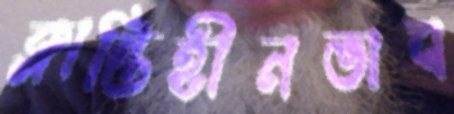
ক্লান্তিহীনভাব